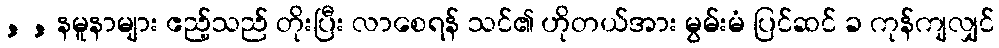
, , နမူနာများ ဧည့်သည် တိုးပြီး လာစေရန် သင်၏ ဟိုတယ်အား မွမ်းမံ ပြင်ဆင် ခ ကုန်ကျလျှင်